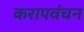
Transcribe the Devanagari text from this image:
करापवंचन